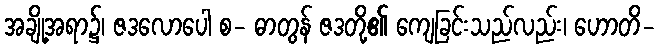
အချို့အရာ၌၊ ဇဒလောပေါ စ- ဓာတွန် ဇဒတို့၏ ကျေခြင်းသည်လည်း၊ ဟောတိ-